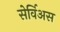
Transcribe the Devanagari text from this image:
सेर्विअस